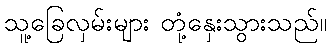
သူ့ခြေလှမ်းများ တုံ့နှေးသွားသည်။